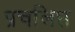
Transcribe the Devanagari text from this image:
प्रचलिप्त